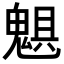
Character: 𩳖